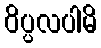
ဝိပ္ပလပါမိ